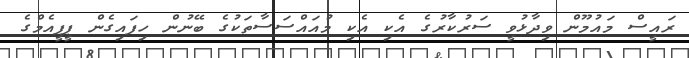
ރައީސް މައުމޫން ވިދާޅުވީ ސަރުކާރުގެ އެކި އެކި މުއައްސަސާތަކުގެ ބޭނުން ހިފައިގެން ޕީޕީއެމްގެ